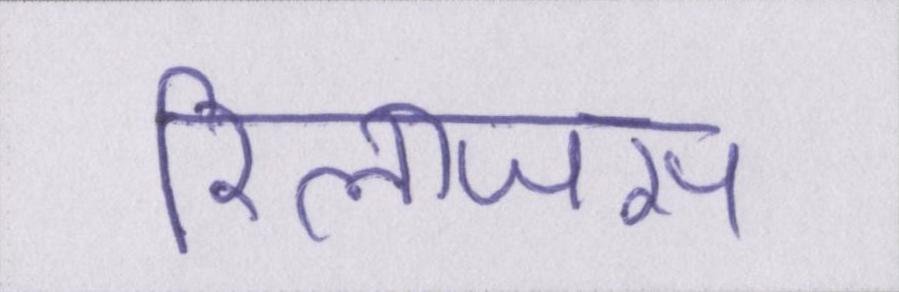
रिलीजस